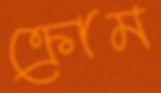
ক্রোম